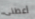
أعطنى